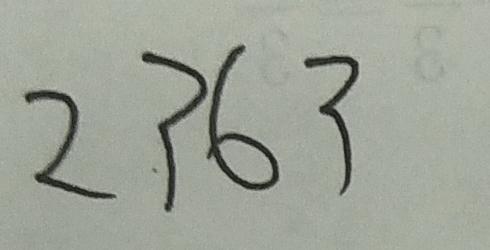
2 3 6 3